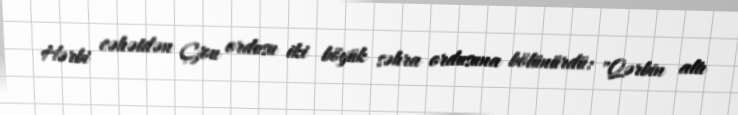
Hərbi cəhətdən Çjou ordusu iki böyük səhra ordusuna bölünürdü: "Qərbin altı